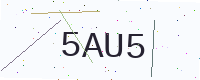
Text: 5AU5